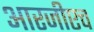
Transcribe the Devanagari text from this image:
आरजीएच